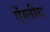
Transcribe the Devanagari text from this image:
ऐंग्लीय